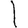
Digit: 1